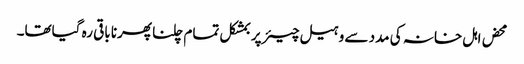
محض اہل خانہ کی مدد سے وہیل چیئر پر بمشکل تمام چلنا پھرنا باقی رہ گیاتھا۔